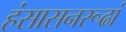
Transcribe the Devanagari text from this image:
हंसासनरूढां